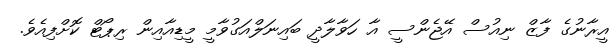
އީރާނުގެ ފާޒް ނިއުސް އޭޖެންސީ އާ ހަވާލާދީ ބައިނަލްއަގުވާމީ މީޑިއާއިން ރިޕޯޓް ކޮށްފިއެވެ.